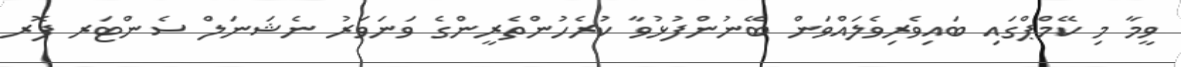
ވީމާ މި ކޭމްޕްގައި ބައިވެރިވެލައްވަން ބޭނުންފުޅުވާ ކުރެހުންތެރީންގެ ވަނަވަރު ނެޝަނަލް ސެންޓަރ ފޮރ